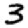
Digit: 3